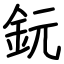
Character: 鈨